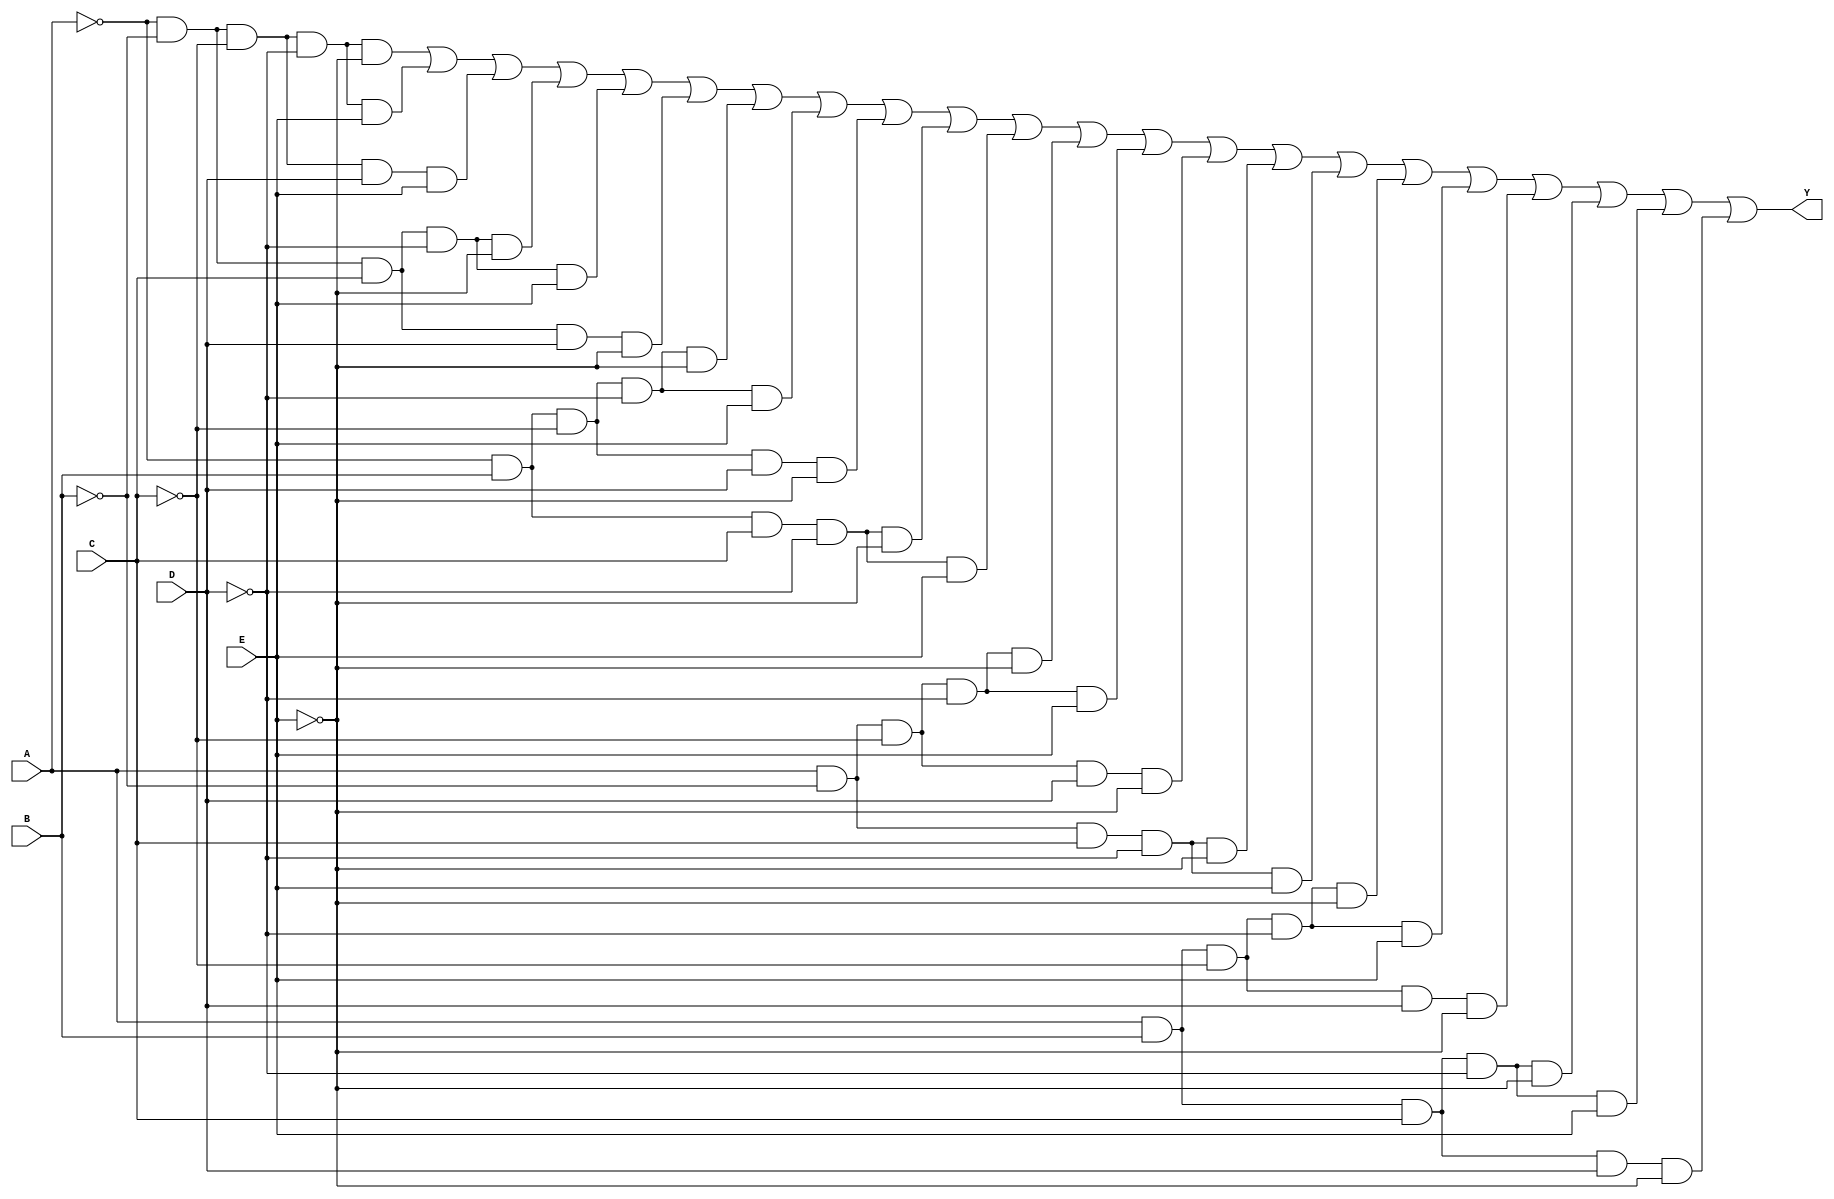
module five_variable_kmap (
    input wire A, // Input variable A
    input wire B, // Input variable B
    input wire C, // Input variable C
    input wire D, // Input variable D
    input wire E, // Input variable E
    output wire Y // Output Y representing the simplified Boolean expression
);

// Internal signals for the minterms based on K-map grouping
wire m0, m1, m2, m3, m4, m5, m6, m7;
wire m8, m9, m10, m11, m12, m13, m14, m15;
wire m16, m17, m18, m19, m20, m21, m22, m23;
wire m24, m25, m26, m27, m28, m29, m30, m31;

// Define minterms based on A, B, C, D, E
assign m0  = ~A & ~B & ~C & ~D & ~E; // 00000
assign m1  = ~A & ~B & ~C & ~D & E;  // 00001
assign m2  = ~A & ~B & ~C & D & ~E;  // 00010
assign m3  = ~A & ~B & ~C & D & E;   // 00011
assign m4  = ~A & ~B & C & ~D & ~E;  // 00100
assign m5  = ~A & ~B & C & ~D & E;   // 00101
assign m6  = ~A & ~B & C & D & ~E;   // 00110
assign m7  = ~A & ~B & C & D & E;    // 00111
assign m8  = ~A & B & ~C & ~D & ~E;  // 01000
assign m9  = ~A & B & ~C & ~D & E;   // 01001
assign m10 = ~A & B & ~C & D & ~E;   // 01010
assign m11 = ~A & B & ~C & D & E;    // 01011
assign m12 = ~A & B & C & ~D & ~E;   // 01100
assign m13 = ~A & B & C & ~D & E;    // 01101
assign m14 = ~A & B & C & D & ~E;    // 01110
assign m15 = ~A & B & C & D & E;     // 01111
assign m16 = A & ~B & ~C & ~D & ~E;  // 10000
assign m17 = A & ~B & ~C & ~D & E;   // 10001
assign m18 = A & ~B & ~C & D & ~E;   // 10010
assign m19 = A & ~B & ~C & D & E;    // 10011
assign m20 = A & ~B & C & ~D & ~E;   // 10100
assign m21 = A & ~B & C & ~D & E;    // 10101
assign m22 = A & ~B & C & D & ~E;    // 10110
assign m23 = A & ~B & C & D & E;     // 10111
assign m24 = A & B & ~C & ~D & ~E;   // 11000
assign m25 = A & B & ~C & ~D & E;    // 11001
assign m26 = A & B & ~C & D & ~E;    // 11010
assign m27 = A & B & ~C & D & E;     // 11011
assign m28 = A & B & C & ~D & ~E;    // 11100
assign m29 = A & B & C & ~D & E;     // 11101
assign m30 = A & B & C & D & ~E;     // 11110
assign m31 = A & B & C & D & E;      // 11111

// Output Y is the OR of all the minterms that are set according to the K-map
assign Y = m0 | m1 | m3 | m4 | m5 | m6 | m8 | m9 | m10 | m12 | m13 | m16 | m17 | m18 | m20 | m21 | m24 | m25 | m26 | m28 | m29 | m30;

endmodule